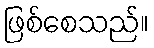
ဖြစ်စေသည်။